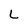
Character: L